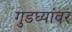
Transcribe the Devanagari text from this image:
गुडघ्यांवर